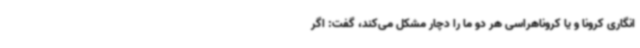
انگاری کرونا و یا کروناهراسی هر دو ما را دچار مشکل می‌کند، گفت: اگر